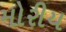
મોરીય